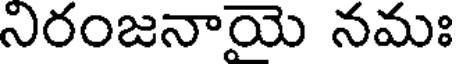
నిరంజనాయె నమః